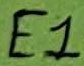
Text: E1